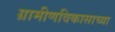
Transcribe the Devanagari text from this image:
ग्रामीणविकासाच्या